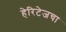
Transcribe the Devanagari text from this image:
हेरिटेजचा